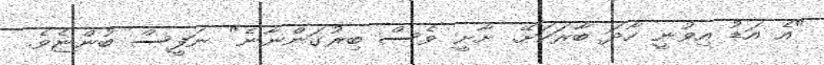
"އެ އަޑު އިވުނީ ހާދަ ބާރަކަށޭ. ށާށީ ވެސް ބިރުގަންނާނެ" ނަފީސް ބުންޏެވެ.